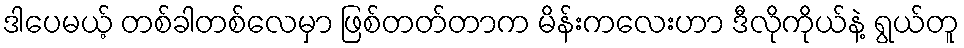
ဒါပေမယ့် တစ်ခါတစ်လေမှာ ဖြစ်တတ်တာက မိန်းကလေးဟာ ဒီလိုကိုယ်နဲ့ ရွယ်တူ